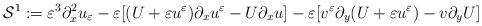
LaTeX: \begin{align*}\mathcal S^1:=\varepsilon^3\partial_x^2u_\varepsilon-\varepsilon[(U+ \varepsilon u^{\varepsilon})\partial_xu^{\varepsilon}- U\partial_xu]-\varepsilon [v^{\varepsilon}\partial_y(U+\varepsilon u^{\varepsilon})-v\partial_yU]\end{align*}